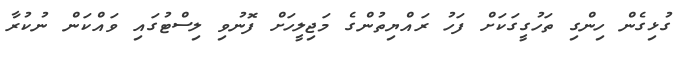
ގުޅިގެން ހިންގި ތަހުގީގަކަށް ފަހު ރައްޔިތުންގެ މަޖިލީހަށް ފޮނުވި ލިސްޓުގައި ވައްކަން ނުކުރާ